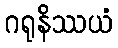
ဂရုနိဿယံ